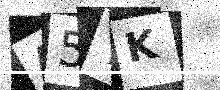
Text: A5YK